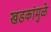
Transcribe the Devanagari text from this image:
खडकांमुळे